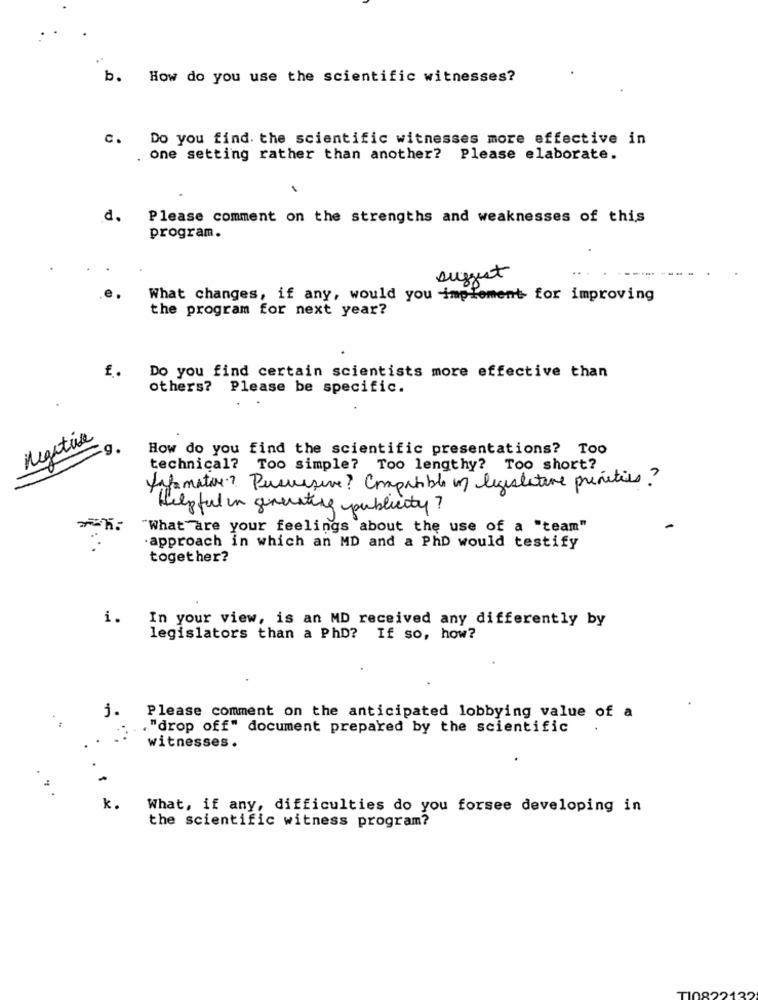
b. How do you use the scientific witnesses?
c.
Do you find. the scientific witnesses more effective in
one setting rather than another? Please elaborate.
d.
Please comment on the strengths and weaknesses of this
program.
suggest
What changes, if any, would you implement for improving
the program for next year?
f.
Do you find certain scientists more effective than
others? Please be specific.
negative
.g.
How do you find the scientific presentations? Too
technical? Too simple? Too lengthy? Too short?
Information? Persuasive? Compatible of legislature prentiss?
Helpful in generating publicity?
"What are your feelings about the use of a "team"
·approach in which an MD and a PhD would testify
together?
i.
In your view, is an MD received any differently by
legislators than a PhD? If so, how?
j.
Please comment on the anticipated lobbying value of a
. "drop off" document prepared by the scientific
witnesses.
k.
What, if any, difficulties do you forsee developing in
the scientific witness program?